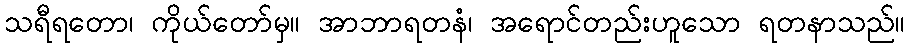
သရီရတော၊ ကိုယ်တော်မှ။ အာဘာရတနံ၊ အရောင်တည်းဟူသော ရတနာသည်။